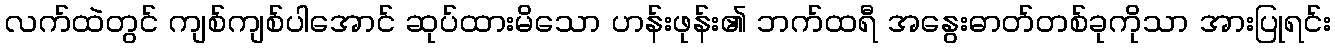
လက်ထဲတွင် ကျစ်ကျစ်ပါအောင် ဆုပ်ထားမိသော ဟန်းဖုန်း၏ ဘက်ထရီ အနွေးဓာတ်တစ်ခုကိုသာ အားပြုရင်း